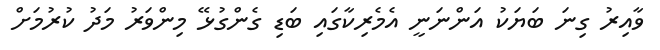
ވާއިރު ގިނަ ބަޔަކު އަންނަނީ އެމެރިކާގައި ބަޑި ގެންގުޅޭ މިންވަރު މަދު ކުރުމަށް